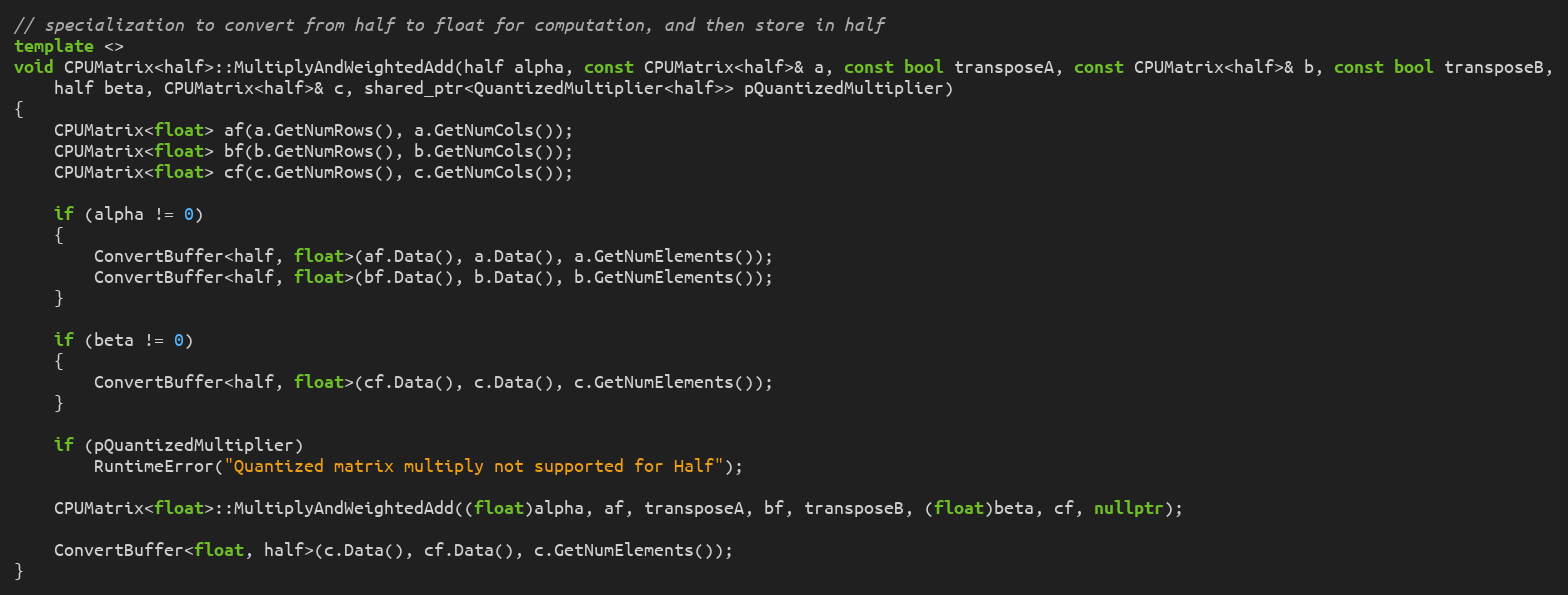
Language: C++
// specialization to convert from half to float for computation, and then store in half
template <>
void CPUMatrix<half>::MultiplyAndWeightedAdd(half alpha, const CPUMatrix<half>& a, const bool transposeA, const CPUMatrix<half>& b, const bool transposeB,
    half beta, CPUMatrix<half>& c, shared_ptr<QuantizedMultiplier<half>> pQuantizedMultiplier)
{
    CPUMatrix<float> af(a.GetNumRows(), a.GetNumCols());
    CPUMatrix<float> bf(b.GetNumRows(), b.GetNumCols());
    CPUMatrix<float> cf(c.GetNumRows(), c.GetNumCols());

    if (alpha != 0)
    {
        ConvertBuffer<half, float>(af.Data(), a.Data(), a.GetNumElements());
        ConvertBuffer<half, float>(bf.Data(), b.Data(), b.GetNumElements());
    }

    if (beta != 0)
    {
        ConvertBuffer<half, float>(cf.Data(), c.Data(), c.GetNumElements());
    }

    if (pQuantizedMultiplier)
        RuntimeError("Quantized matrix multiply not supported for Half");

    CPUMatrix<float>::MultiplyAndWeightedAdd((float)alpha, af, transposeA, bf, transposeB, (float)beta, cf, nullptr);

    ConvertBuffer<float, half>(c.Data(), cf.Data(), c.GetNumElements());
}